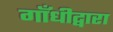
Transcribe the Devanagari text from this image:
गाँधीद्वारा